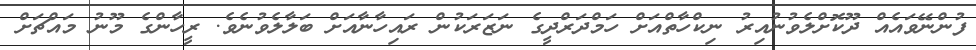
ފުންނޭވައެއް ދޫކޮށްލެވުނުއިރު ނިކްހާތްއަށް ހަމްދަރްދީގެ ނަޒަރަކުން ރައިހާނާއަށް ބަލާލެވުނެވެ. ރީހާންގެ މޫނު މައްޗަށް